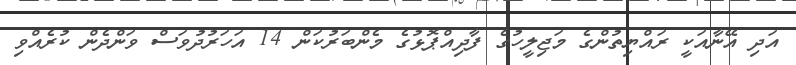
އަދި އޭނާއަކީ ރައްޔިތުންގެ މަޖިލީހުގެ ފާދިއްޕޮޅުގެ މެންބަރުކަން 14 އަހަރުދުވަސް ވަންދެން ކުރެއްވި